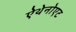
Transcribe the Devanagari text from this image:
ऐथेनोएट